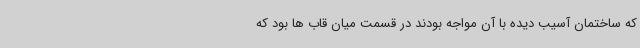
که ساختمان آسیب دیده با آن مواجه بودند در قسمت میان قاب ها بود که